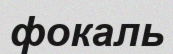
фокаль